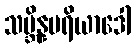
သမ္ဘိန္နမရိယာဒေါ